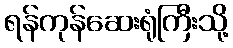
ရန်ကုန်ဆေးရုံကြီးသို့